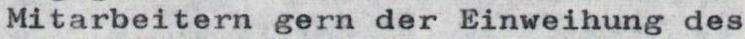
Mitarbeitern gern der Einweihung des